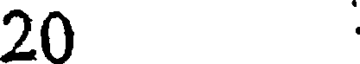
20